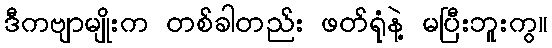
ဒီကဗျာမျိုးက တစ်ခါတည်း ဖတ်ရုံနဲ့ မပြီးဘူးကွ။